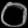
Digit: ၀